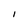
Character: I